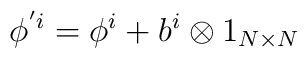
\phi ^{'i}= \phi^i  + b^i \otimes 1_{N \times N}